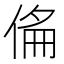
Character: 𠊇